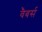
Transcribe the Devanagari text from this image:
वैबर्स